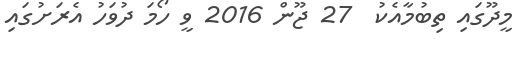
މީދޫގައި ތިބުމާއެކު  27 ޖޫން 2016 ވީ ހޯމަ ދުވަހު އެރަށުގައި